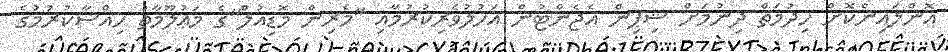
އޮންލައިންކޮށް ހިދުމަތް ދިނުމަށް ޝިޕިން އެޖެންޓުން އަހުލުވެރިކުރުމާއި "މެރިން މޮޑިއުލް"ގެ މަޢުލޫމާތު ހިއްސާކުރުމުގެ